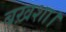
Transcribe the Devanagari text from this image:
बख़शा।